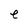
Character: e